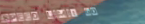
Speed Limit 60